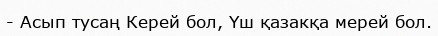
- Асып тусаң Керей бол, Үш қазакқа мерей бол.